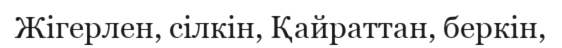
Жігерлен, сілкін, Қайраттан, беркін,